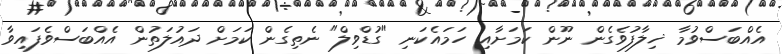
އެއްބަސްވުމާ ޚިލާފުވެގެން ނޫން ކަމަށާއި ހަމައެކަނި "ގުޑްވިލް" ނެތިގެން ކަމަށް ދައުލަތުން އެއްބަސްވެފައިވާ